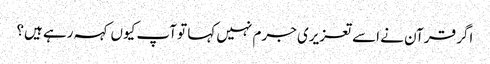
اگر قرآن نے اسے تعزیری جرم نہیں کہا تو آپ کیوں کہہ رہے ہیں؟